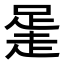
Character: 𧻻